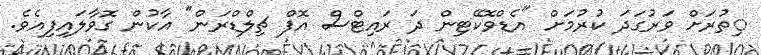
ިތުރަށް ވަރުގަދަ ކުރުމަށް "އެޑްވޮކޭޓިން ދަ ރައިޓްސް އޮފް ޗިލްޑްރަން" އާކުން ގޮވާލައިފިއެވެ.